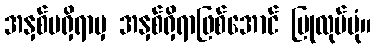
အနှစ်မရှိရာမှ အနှစ်ရှိရာဖြစ်အောင် ပြုလုပ်ပုံ။